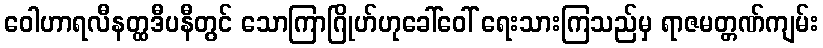
ဝေါဟာရလီနတ္ထဒီပနီတွင် သောကြာဂြိုဟ်ဟုခေါ်ဝေါ် ရေးသားကြသည်မှ ရာဇမတ္တဏ်ကျမ်း